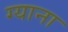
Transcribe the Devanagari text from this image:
ग्याना